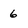
Character: 6